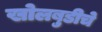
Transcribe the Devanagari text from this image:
खोलबुडीचे